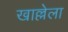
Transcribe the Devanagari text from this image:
खाल्लेला